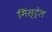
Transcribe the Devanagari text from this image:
मिंस्ट्रेल